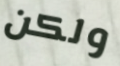
ولكن